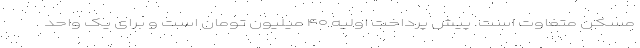
مسکن متفاوت است. پیش پرداخت اولیه ۴۰ میلیون تومان است و برای یک واحد